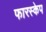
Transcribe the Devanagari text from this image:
फारस्केप